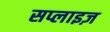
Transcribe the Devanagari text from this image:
सप्लाइज़